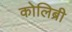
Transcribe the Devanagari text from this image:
कोलिब्री